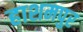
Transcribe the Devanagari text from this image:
हाशमपुर